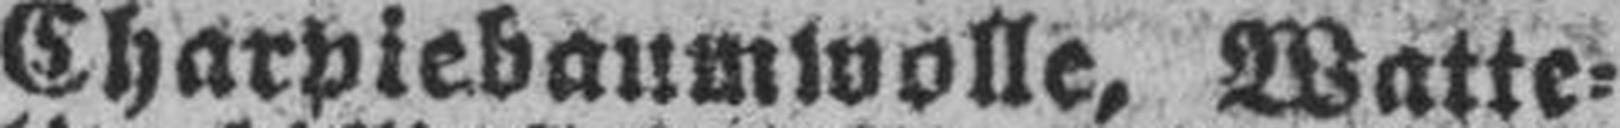
Charpiebaumwolle, Watte¬